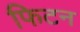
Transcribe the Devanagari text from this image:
फिटन